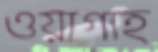
ওয়াগাহ